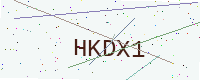
Text: HKDX1